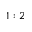
1 : 2